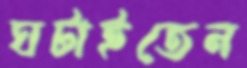
ঘটাইতেন